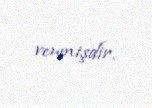
vermişdir.